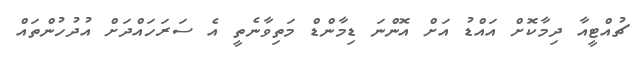
ޗުއްޓީއާ ދިމާކޮށް އައްޑު އަށް އޮންނަ ޑިމާންޑް މަތިވާނެތީ އެ ސަރަހައްދަށް އުދުހުންތައް